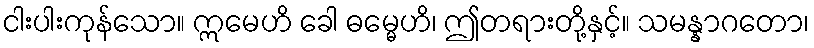
ငါးပါးကုန်သော။ ဣမေဟိ ခေါ ဓမ္မေဟိ၊ ဤတရားတို့နှင့်။ သမန္နာဂတော၊